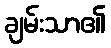
ချမ်းသာ၏